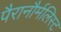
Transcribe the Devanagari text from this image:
पैरानौर्मलिस्ट